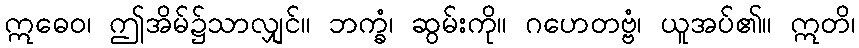
ဣဓေဝ၊ ဤအိမ်၌သာလျှင်။ ဘက္ခံ၊ ဆွမ်းကို။ ဂဟေတဗ္ဗံ၊ ယူအပ်၏။ ဣတိ၊